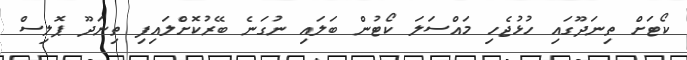
ކޯޓަށް ތިނަދޫގައި ހުޅުޖެހި މައްސަލަ ކޯޓުން ބަލައި ނުގަނެ ބޭރުކޮށްލައިފި ތިނަދޫ ޕޮލިސް